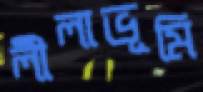
লীলাভূমি